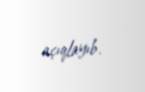
açıqlayıb.